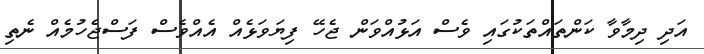
އަދި ދިމާވާ ކަންތައްތަކުގައި ވެސް އަޅުއްވަން ޖެހޭ ފިޔަވަޅެއް އެއްވެސް ފަސްޖެހުމެއް ނެތި